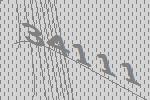
34111